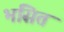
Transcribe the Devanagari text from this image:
भसितं